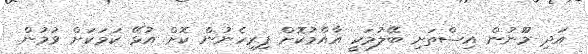
އަދި މޫނުން އިސްތަށި ބޭލުމަކީ އާއްމުކޮށް ފިރިހެނުން ކޮށް އުޅޭ ކަމަކަށް ވުމުން